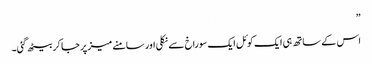
”
اس کے ساتھ ہی ایک کوئل ایک سوراخ سے نکلی اور سامنے میز پر جا کر بیٹھ گئی۔